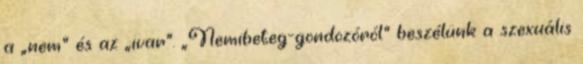
a „nem” és az „ivar”. „Nemibeteg-gondozóról” beszélünk a szexuális